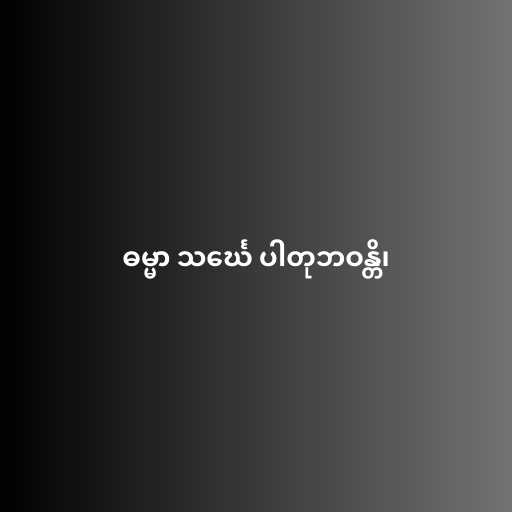
ဓမ္မာ သင်္ဃေ ပါတုဘဝန္တိ၊